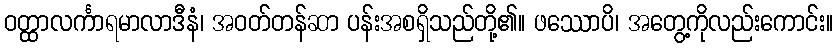
ဝတ္ထာလင်္ကာရမာလာဒီနံ၊ အဝတ်တန်ဆာ ပန်းအစရှိသည်တို့၏။ ဖဿောပိ၊ အတွေ့ကိုလည်းကောင်း။